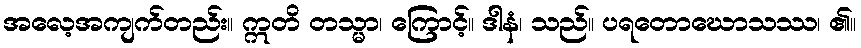
အလေ့အကျက်တည်း။ ဣတိ တသ္မာ၊ ကြောင့်။ ဒါနံ၊ သည်။ ပရတောဃောသဿ၊ ၏။